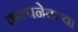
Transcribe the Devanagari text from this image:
कल्पनेतल्या